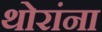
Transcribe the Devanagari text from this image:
थोरांना